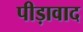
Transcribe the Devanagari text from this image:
पीड़ावाद